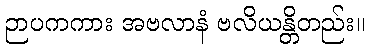
ဉာပကကား အဗလာနံ ဗလိယန္တိတည်း။